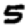
Digit: 5